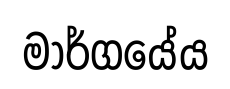
මාර්ගයේය